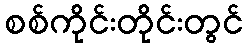
စစ်ကိုင်းတိုင်းတွင်